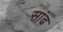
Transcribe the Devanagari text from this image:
सांढ